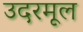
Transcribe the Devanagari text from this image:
उदरमूल